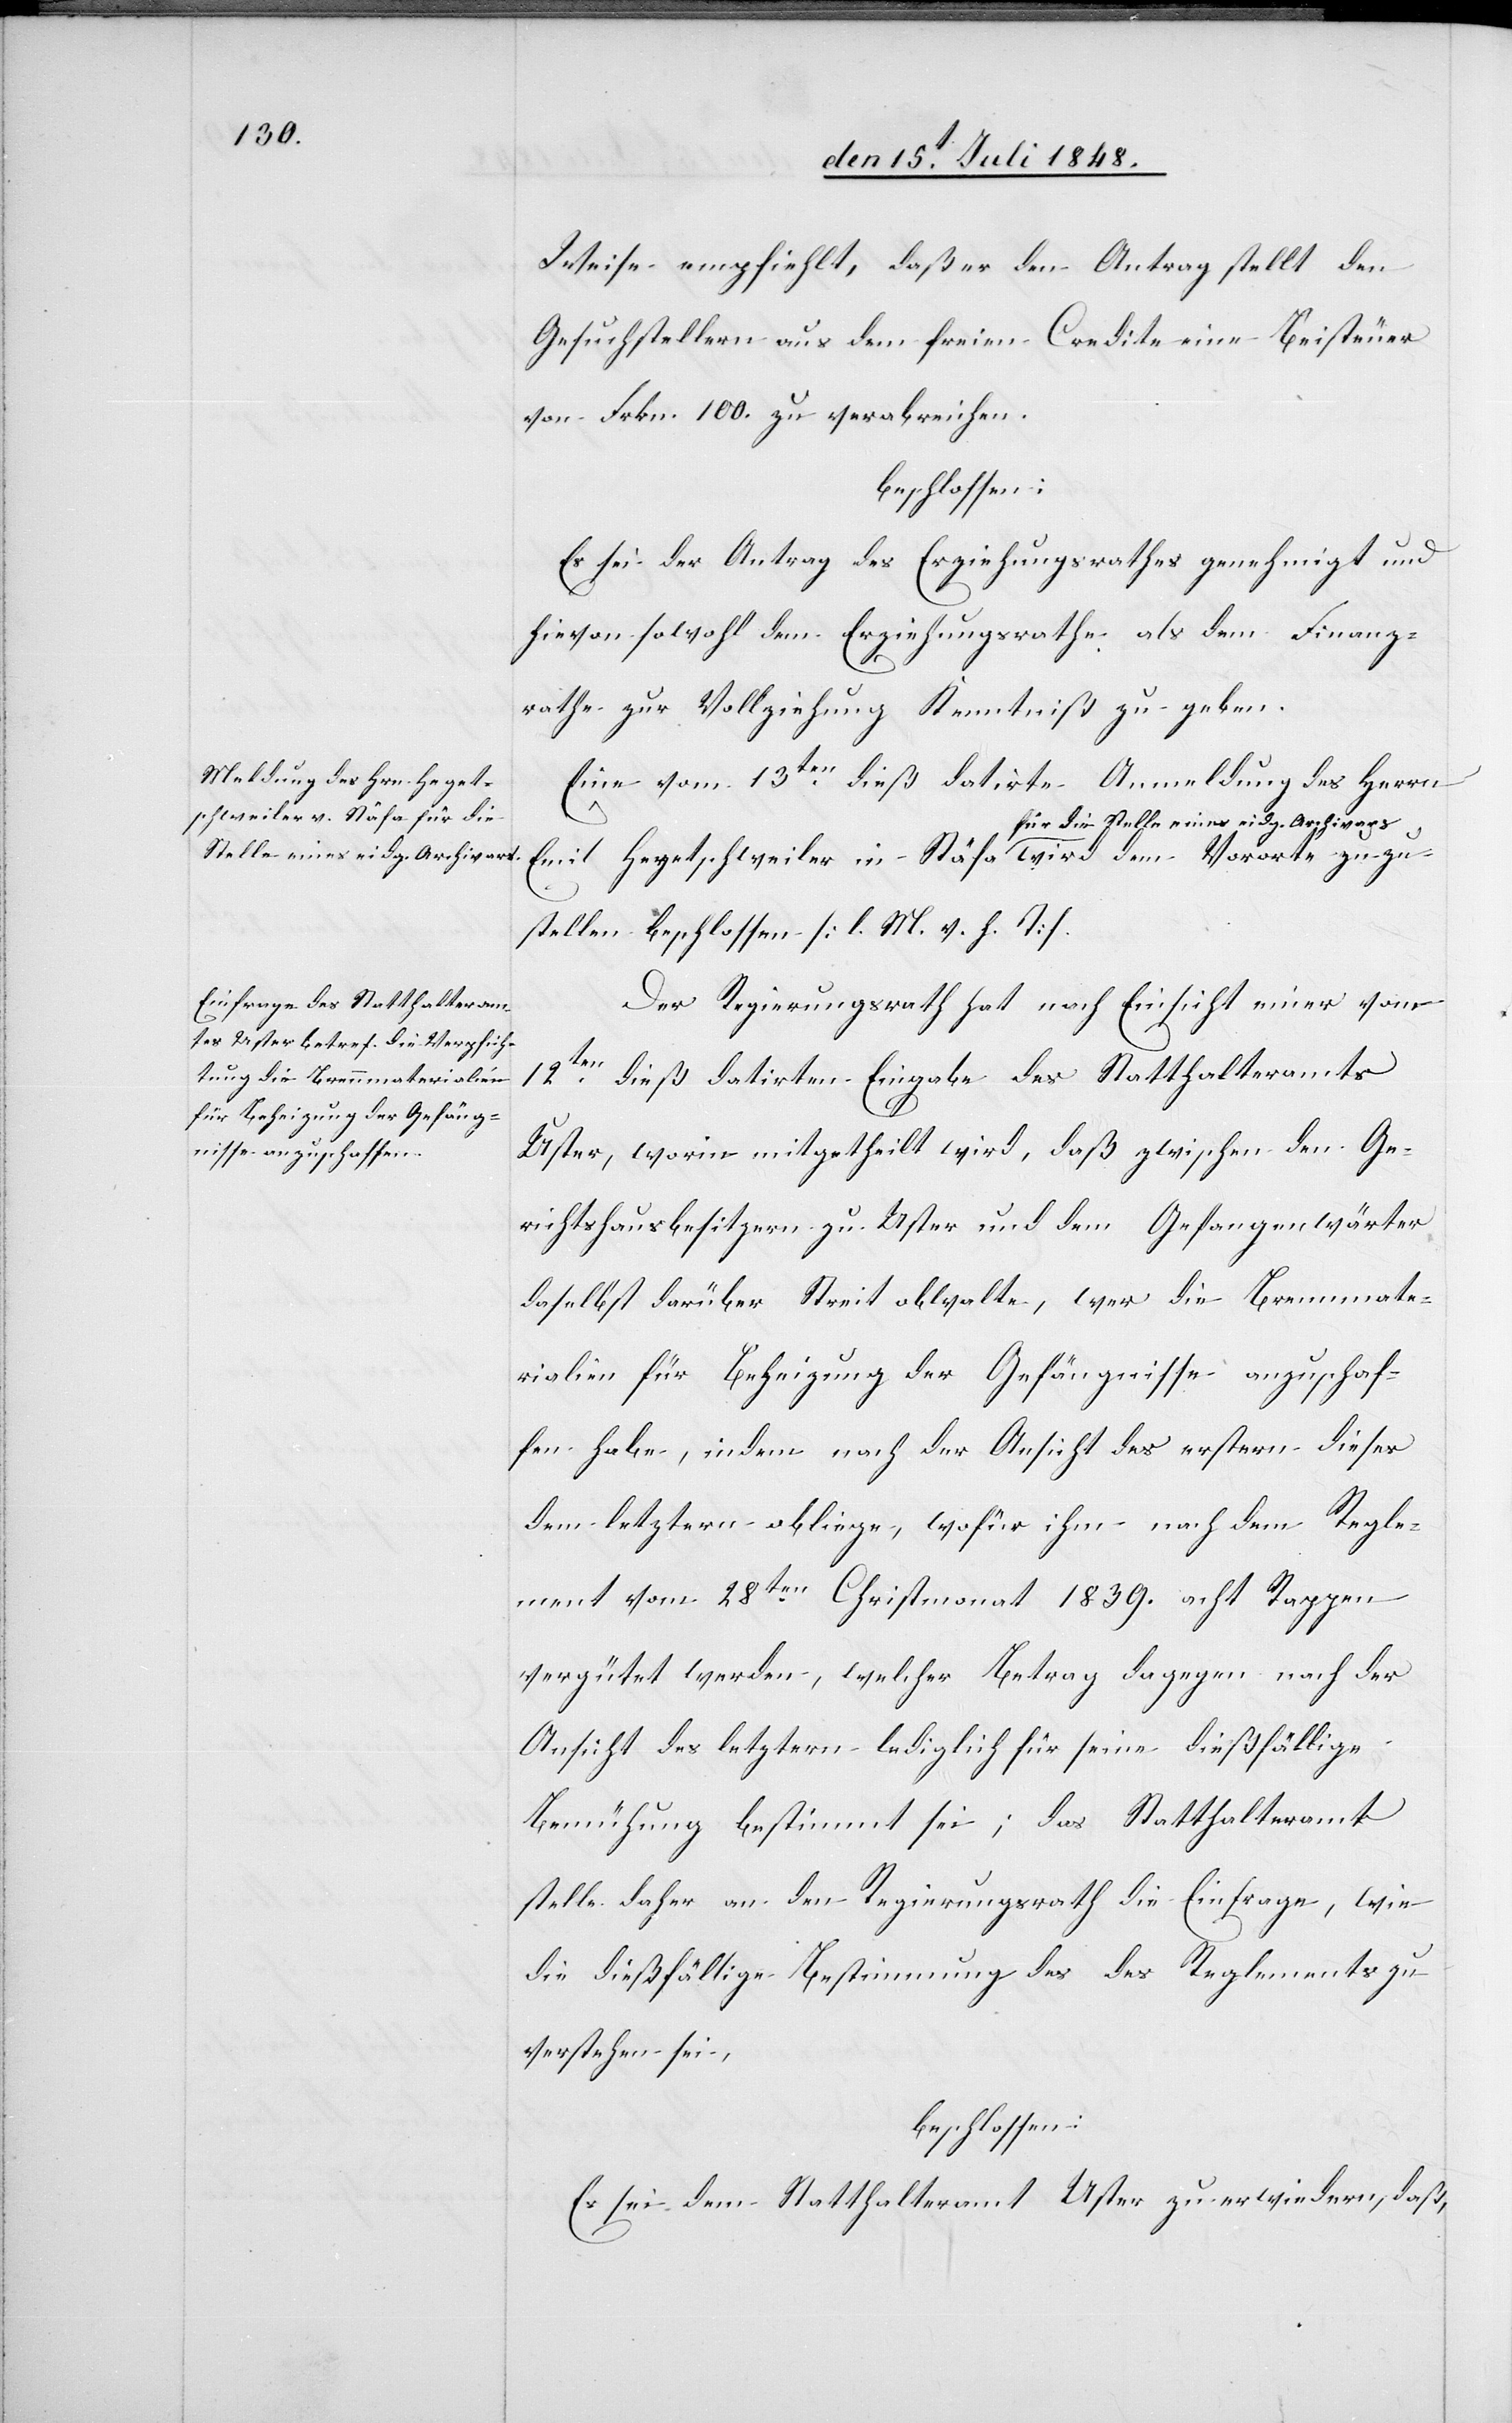
Weise empfiehlt, daß er den Antrag stellt den
Gesuchstellern aus dem freien Credite eine Beisteuer
von Frkn. 100. zu verabreichen.
beschlossen:
Es sei der Antrag des Erziehungsrathes genehmigt und
hievon sowohl dem Erziehungsrathe als dem Finanz¬
rathe zur Vollziehung Kenntniß zu geben.
Eine vom 13ten dieß datirte Anmeldung des Herrn
Emil Hegetschweiler in Stäfa für die Stelle eines
zuzu¬
stellen beschlossen. [l. M. v. h. T]
Der Regierungsrath hat nach Einsicht einer vom
12ten dieß datirten Eingabe des Statthalteramtes
Uster, worin mitgetheilt wird, daß zwischen den Ge¬
richtshausbesitzern zu Uster und dem Gefangenwärter
daselbst darüber Streit obwalte, wer die Brennmate¬
rialien für Beheizung der Gefängnisse anzuschaf¬
fen habe, indem nach der Ansicht des erstern dieses
dem letztern obliege, wofür ihm nach dem Regle¬
ment vom 28ten Christmonat 1839. acht Rappen
vergütet werden, welcher Betrag dagegen nach der
Ansicht des letztern lediglich für seine dießfällige
Bemühung bestimmt sei; das Statthalteramt
stelle daher an den Regierungsrath die Einfrage, wie
die dießfällige Bestimmung des des [sic!] Reglementes zu
verstehen sei,
beschlossen:
Es sei dem Statthalteramt Uster zu erwiedern, daß,